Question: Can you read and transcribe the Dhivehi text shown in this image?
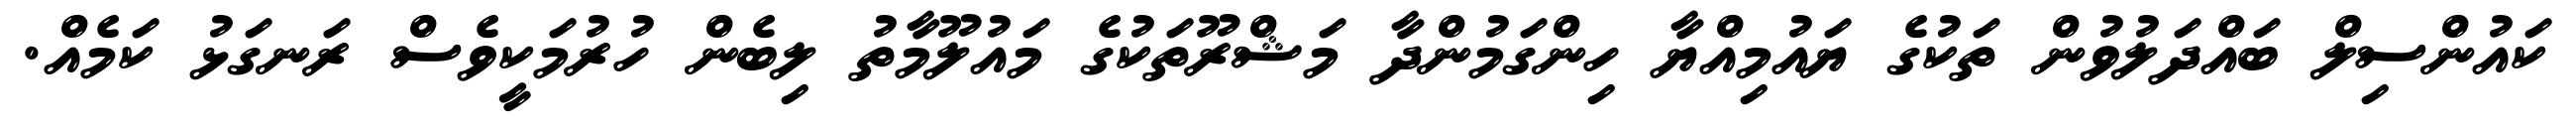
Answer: ކައުންސިލް ބައްދަލުވުން ތަކުގެ ޔައުމިއްޔާ ހިންގަމުންދާ މަޝްރޫތަކުގެ މައުލޫމާތު ލިބެން ހުރުމަކީވެސް ރަނގަޅު ކަމެއް.